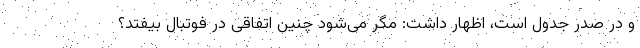
و در صدر جدول است، اظهار داشت: مگر می‌شود چنین اتفاقی در فوتبال بیفتد؟